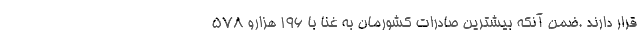
قرار دارند .ضمن آنکه بیشترین صادرات کشورمان به غنا با 196 هزارو 578